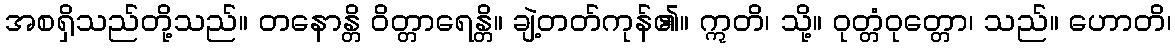
အစရှိသည်တို့သည်။ တနောန္တိ ဝိတ္တာရေန္တိ။ ချဲ့တတ်ကုန်၏။ ဣတိ၊ သို့။ ဝုတ္တံဝုတ္တော၊ သည်။ ဟောတိ၊